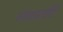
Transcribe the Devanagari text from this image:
संवार्ताएँ